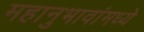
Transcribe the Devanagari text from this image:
महानुभावांमध्ये